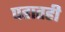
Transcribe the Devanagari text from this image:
पहातही